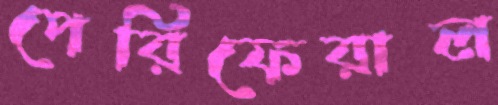
পেরিফেরাল